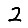
Digit: 2